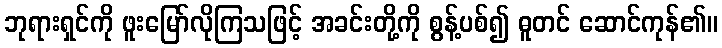
ဘုရားရှင်ကို ဖူးမြော်လိုကြသဖြင့် အခင်းတို့ကို စွန့်ပစ်၍ ဓူတင် ဆောင်ကုန်၏။